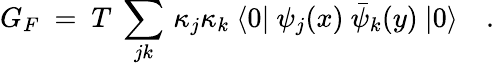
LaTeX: G_{F}~=~T~\sum_{jk}\, \kappa_{j}\kappa_{k}~\langle 0|~\psi_{j}(x)~\bar{\psi}_{k}(y)~|0\rangle\quad.